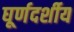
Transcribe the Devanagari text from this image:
घूर्णदर्शीय